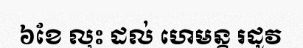
៦ខែ លុះ ដល់ ហេមន្ត រដូវ